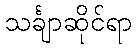
သင်္ချာဆိုင်ရာ